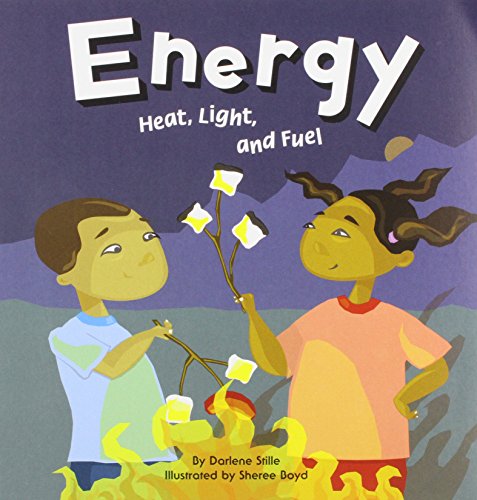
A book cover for Energy: Heat, Light, and Fuel (Amazing Science); Darlene R. Stille; Children's Books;